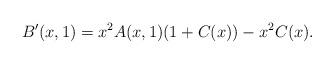
LaTeX: \begin{align*}B'(x,1)=x^2A(x,1)(1+C(x))-x^2C(x).\end{align*}